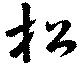
松